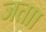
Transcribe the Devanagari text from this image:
जताा